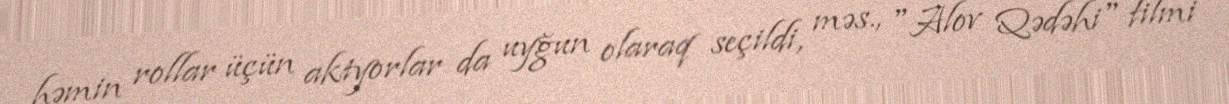
həmin rollar üçün aktyorlar da uyğun olaraq seçildi, məs., "Alov Qədəhi" filmi